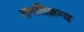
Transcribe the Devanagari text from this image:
तमतिक्रम्य